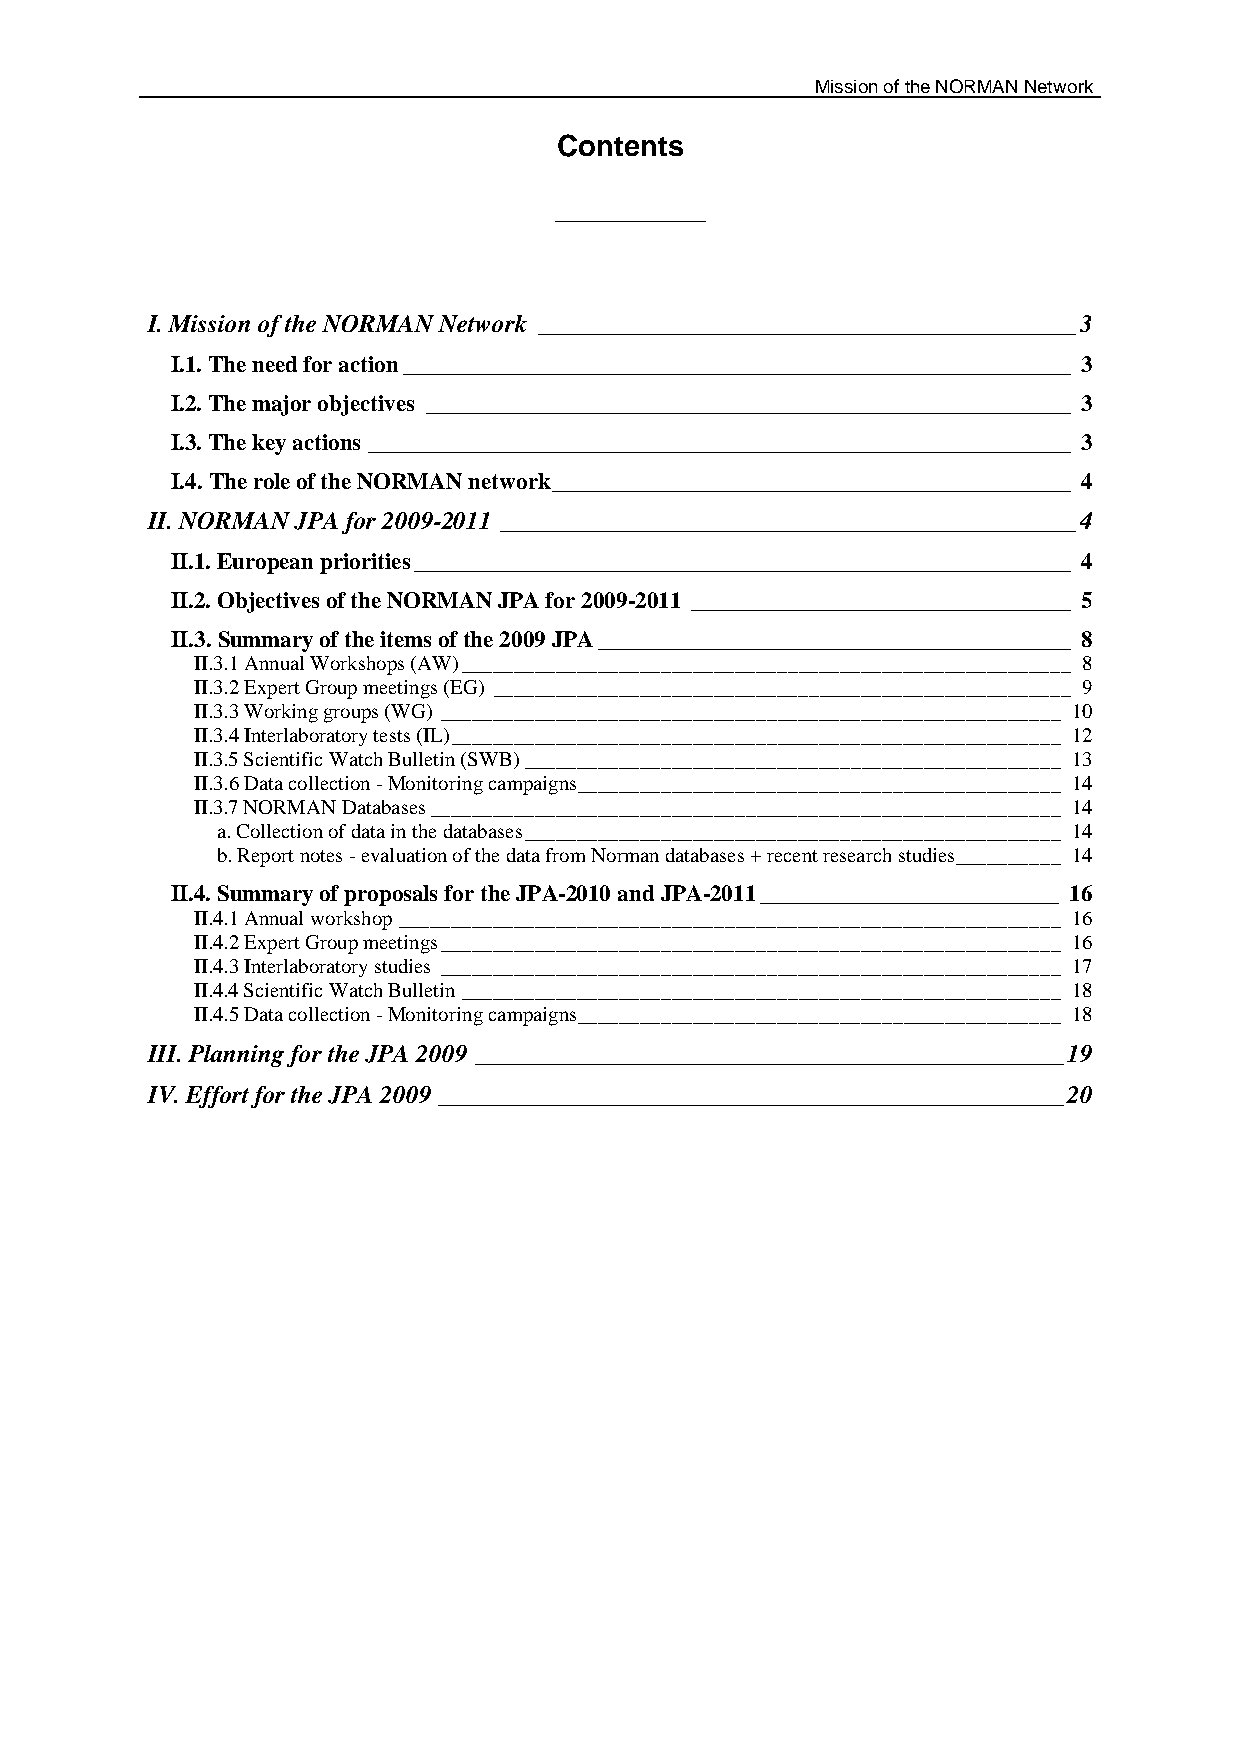
Mission of the NORMAN Network
 Contents
 I. Mission of the NORMAN Network ___________________________________________ 3
 I.1. The need for action __________________________________________________________ 3
 I.2. The major objectives ________________________________________________________ 3
 I.3. The key actions _____________________________________________________________ 3
 I.4. The role of the NORMAN network _____________________________________________ 4
 II. NORMAN JPA for 2009-2011 ______________________________________________ 4
 II.1. European priorities _________________________________________________________ 4
 II.2. Objectives of the NORMAN JPA for 2009-2011 _________________________________ 5
 II.3. Summary of the items of the 2009 JPA _________________________________________ 8
 II.3.1 Annual Workshops (AW) __________________________________________________________ 8
 II.3.2 Expert Group meetings (EG) _______________________________________________________ 9
 II.3.3 Working groups (WG) ___________________________________________________________ 10
 II.3.4 Interlaboratory tests (IL) __________________________________________________________ 12
 II.3.5 Scientific Watch Bulletin (SWB) ___________________________________________________ 13
 II.3.6 Data collection - Monitoring campaigns ______________________________________________ 14
 II.3.7 NORMAN Databases ____________________________________________________________ 14
 a. Collection of data in the databases ___________________________________________________ 14
 b. Report notes - evaluation of the data from Norman databases + recent research studies__________ 14
 II.4. Summary of proposals for the JPA-2010 and JPA-2011 __________________________ 16
 II.4.1 Annual workshop _______________________________________________________________ 16
 II.4.2 Expert Group meetings ___________________________________________________________ 16
 II.4.3 Interlaboratory studies ___________________________________________________________ 17
 II.4.4 Scientific Watch Bulletin _________________________________________________________ 18
 II.4.5 Data collection - Monitoring campaigns ______________________________________________ 18
 III. Planning for the JPA 2009 _______________________________________________ 19
 IV. Effort for the JPA 2009 __________________________________________________ 20